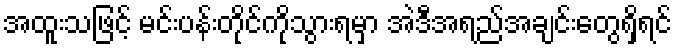
အထူးသဖြင့် မင်းပန်းတိုင်ကိုသွားရမှာ အဲဒီအရည်အချင်းတွေရှိရင်